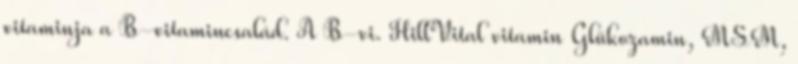
vitaminja a B-vitamincsalád. A B-vi. HillVital vitamin Glükozamin, MSM,